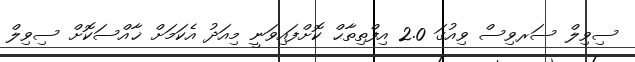
ސިވިލް ސަރވިސް ވިއުގަ 2.0 އިފްތިތާޙް ކޮށްފައިވަނީ މިއަދު އެކަމަށް ޚާއްސަކޮށް ސިވިލް